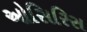
ઓસિરિસ